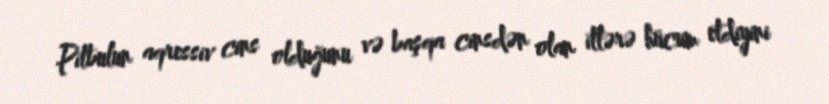
Pitbulun aqressiv cins olduğunu və başqa cinsdən olan itlərə hücum etdiyini